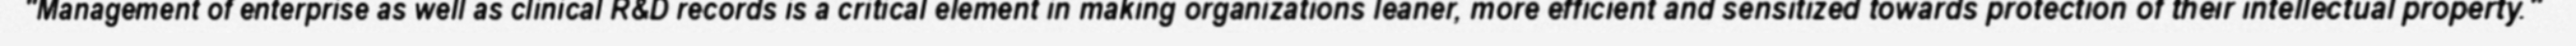
"Management of enterprise as well as clinical R&D records is a critical element in making organizations leaner, more efficient and sensitized towards protection of their intellectual property."